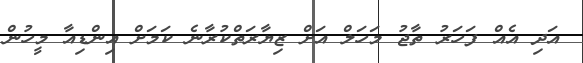
އަދި އެއް ފަހަރު ތާޖު މަހަލް އަށް ޒިޔާރަތްކުރާނެ ކަމަށް އިންޑިއާ މީހުން